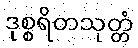
ဒုစ္စရိတသုတ္တံ